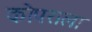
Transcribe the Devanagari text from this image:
कोपराला